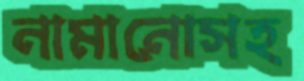
নামানোসহ